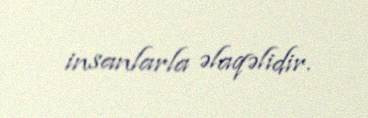
insanlarla əlaqəlidir.